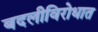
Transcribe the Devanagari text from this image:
बदलीविरोधात